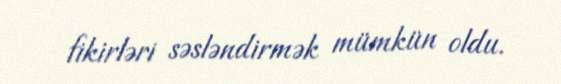
fikirləri səsləndirmək mümkün oldu.